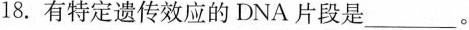
18.有特定遗传效应的DNA片段是___。